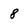
Character: 8